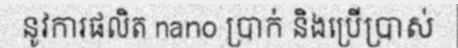
នូវការផលិត nano ប្រាក់ និងប្រើប្រាស់